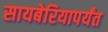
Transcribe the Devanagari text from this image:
सायबेरियापर्यंत